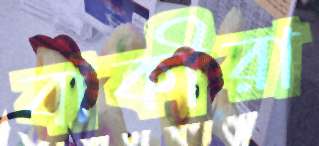
বাকীরা